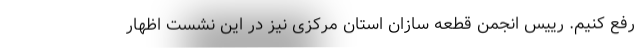
رفع کنیم. رییس انجمن قطعه سازان استان مرکزی نیز در این نشست اظهار